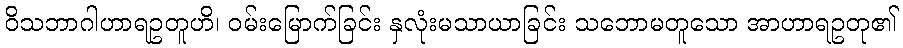
ဝိသဘာဂါဟာရဥတူဟိ၊ ဝမ်းမြောက်ခြင်း နှလုံးမသာယာခြင်း သဘောမတူသော အာဟာရဥတု၏